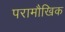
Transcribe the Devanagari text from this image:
परामौखिक